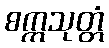
စက္ကသုတ္တံ